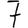
Digit: 7